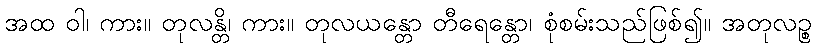
အထ ဝါ၊ ကား။ တုလန္တိ၊ ကား။ တုလယန္တော တီရေန္တော၊ စုံစမ်းသည်ဖြစ်၍။ အတုလဉ္စ